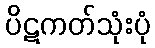
ပိဋကတ်သုံးပုံ